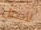
لأحصل